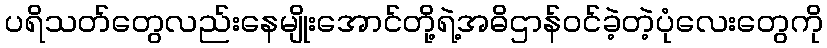
ပရိသတ်တွေလည်းနေမျိုးအောင်တို့ရဲ့အဓိဌာန်ဝင်ခဲ့တဲ့ပုံလေးတွေကို